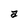
Character: a